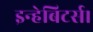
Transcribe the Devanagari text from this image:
इन्हेबिटर्स।